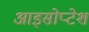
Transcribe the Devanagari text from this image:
आइसोप्टेश